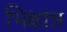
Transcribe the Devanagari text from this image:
भिक्षान्न